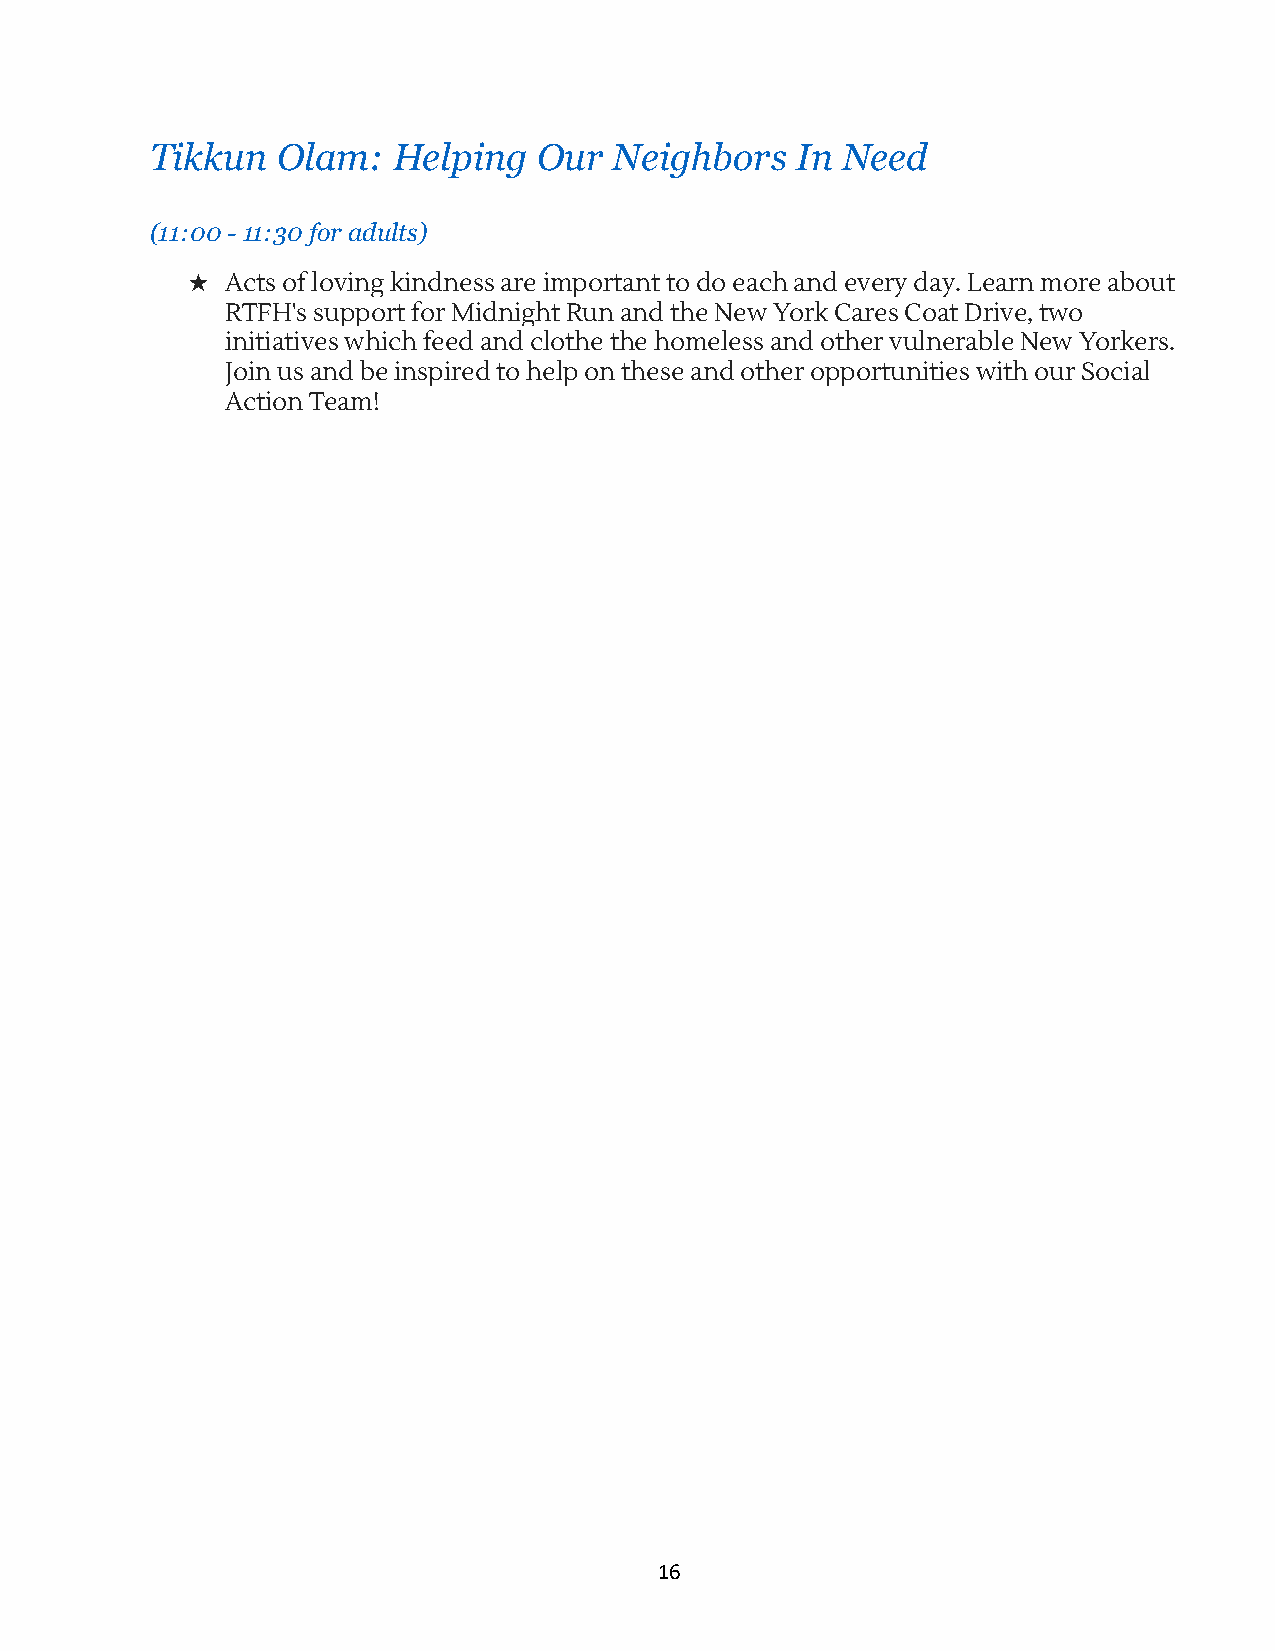
Tikkun  O lam:  H elping  O ur N eighbors  I n N eed
 (11:00 - 1 1:30 f or a dults)
 ★  Acts of loving kindness are important to do each and every day. Learn more about
 RTFH's support for Midnight Run and the New York Cares Coat Drive, two
 initiatives which feed and clothe the homeless and other vulnerable New Yorkers.
 Join us and be inspired to help on these and other opportunities with our Social
 Action Team!
 16